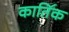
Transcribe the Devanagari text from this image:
काति॔क